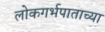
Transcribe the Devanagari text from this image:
लोकगर्भपाताच्या